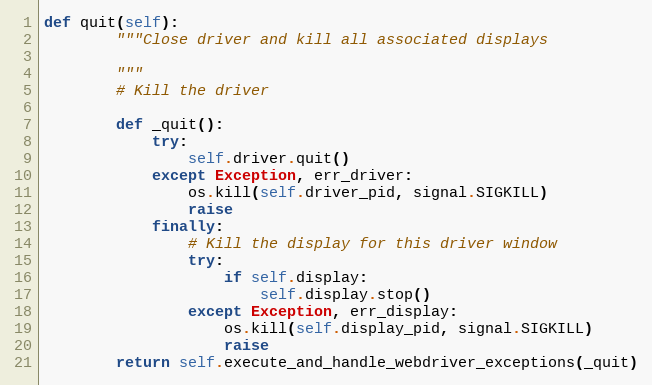
Language: Python
def quit(self):
        """Close driver and kill all associated displays

        """
        # Kill the driver

        def _quit():
            try:
                self.driver.quit()
            except Exception, err_driver:
                os.kill(self.driver_pid, signal.SIGKILL)
                raise
            finally:
                # Kill the display for this driver window
                try:
                    if self.display:
                        self.display.stop()
                except Exception, err_display:
                    os.kill(self.display_pid, signal.SIGKILL)
                    raise
        return self.execute_and_handle_webdriver_exceptions(_quit)